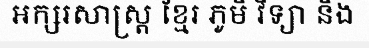
អក្សរសាស្ត្រ ខ្មែរ ភូមិ វិទ្យា និង